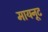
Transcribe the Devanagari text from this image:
मायनूट